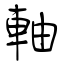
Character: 軸